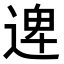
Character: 𮞱